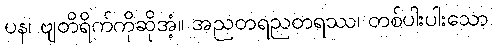
ပန၊ ဗျတိရိက်ကိုဆိုအံ့။ အညတရညတရဿ၊ တစ်ပါးပါးသော